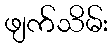
ဖျက်သိမ်း